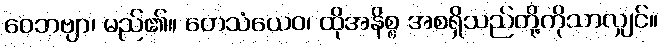
ဝေဘဗျာ၊ မည်၏။ တေသံယေဝ၊ ထိုအနိစ္စ အစရှိသည်တို့ကိုသာလျှင်။